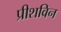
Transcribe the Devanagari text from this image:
प्रीशविन